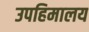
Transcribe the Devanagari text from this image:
उपहिमालय